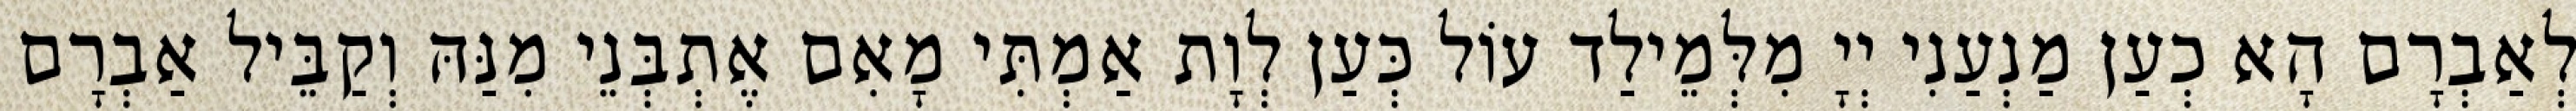
לְאַבְרָם הָא כְעַן מַנְעַנִי יְיָ מִלְּמֵילַד עוֹל כְּעַן לְוָת אַמְתִּי מָאִם אֶתְבְּנֵי מִנַּהּ וְקַבֵּיל אַבְרָם